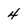
Character: 4